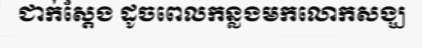
ជាក់ស្តែង ដូចពេលកន្លងមកលោកសង្ឃ